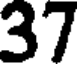
37